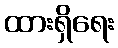
ထားရှိရေး